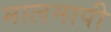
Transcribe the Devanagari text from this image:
मालमापी